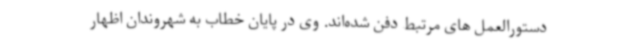
دستورالعمل های مرتبط دفن شده‌اند. وی در پایان خطاب به شهروندان اظهار